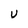
Character: U